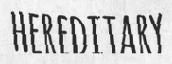
HEREDITARY